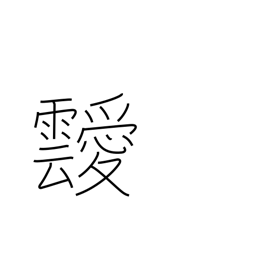
Meaning: clouds